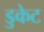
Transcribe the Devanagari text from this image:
डुकेट